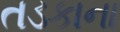
તડકાના